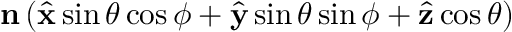
\mathbf { n } \left( \hat { \bf x } \sin \theta \cos \phi + \hat { \bf y } \sin \theta \sin \phi + \hat { \bf z } \cos \theta \right)